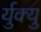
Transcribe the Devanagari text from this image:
र्युक्यु